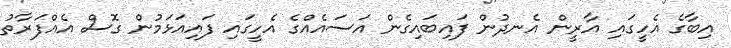
އިބާގެ އެހީގައި އާރީން އެނދުން ފައިބައިގެން އަސައެއްގެ އެހީގައި ފައިއަޅަމުން ގޮސް އެއްފަރާތު